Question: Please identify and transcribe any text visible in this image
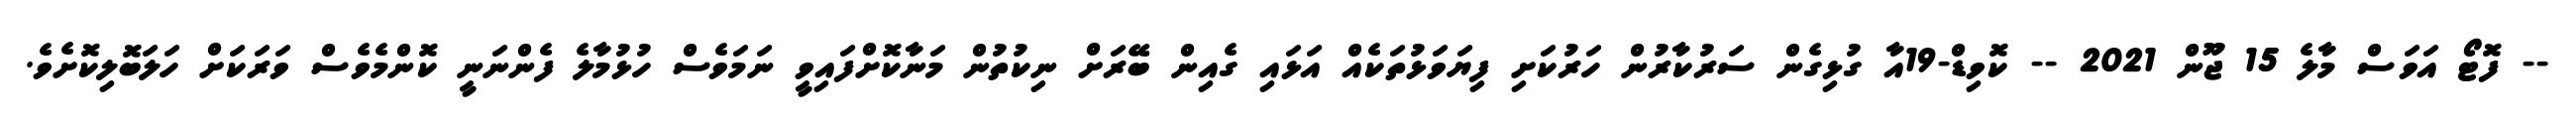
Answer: -- ފޮޓޯ އަވަސް މާލެ 15 ޖޫން 2021 -- ކޮވިޑް-19އާ ގުޅިގެން ސަރުކާރުން ހަރުކަށި ފިޔަވަޅުތަކެއް އަޅައި ގެއިން ބޭރަށް ނިކުތުން މަނާކޮށްފައިވީ ނަމަވެސް ހުޅުމާލެ ފެންނަނީ ކޮންމެވެސް ވަރަކަށް ހަލަބޮލިކޮށެވެ.